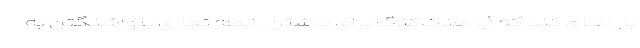
بار اعلام کند که آیا هنگ‌کنگ برای داشتن رابطه تجاری با واشنگتن به